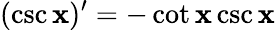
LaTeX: (\csc\mathbf{x})^{\prime}=-\cot\mathbf{x}\csc\mathbf{x}